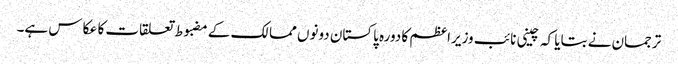
ترجمان نے بتایا کہ چینی نائب وزیراعظم کا دورہ پاکستان دونوں ممالک کے مضبوط تعلقات کا عکاس ہے۔